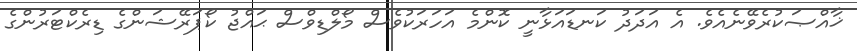
ޚާއްޞަކުރެވޭނެއެވެ. އެ އަދަދު ކަނޑައަޅާނީ ކޮންމެ އަހަރަކުވެސް މޯލްޑިވްސް ޙައްޖު ކޯޕަރޭޝަންގެ ޑިރެކްޓަރުންގެ